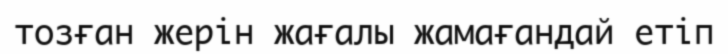
тозған жерін жағалы жамағандай етіп